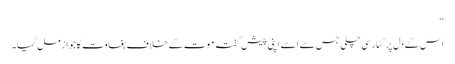
‘‘
اس کے دل پر کٹار سی چلی جس سے ا سے اپنی پیش گفتہ موت کے خلاف بغاوت کا جواز مل گیا۔